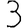
Digit: 3